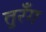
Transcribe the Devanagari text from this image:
तुरँग